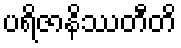
ပရိဇာနိဿတီတိ